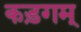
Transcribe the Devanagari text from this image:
कड़गम्‌